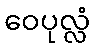
ဝေပုလ္လံ